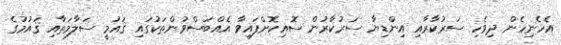
އެހެނިހެން ދިވެހި ސަރުކާރާއި އިންޑިޔާ ސަރުކާރުން ސޮއިކޮށްފައިވާ އެއްބަސްވުންތަކުގައި ޤައުމީ ސަލާމަތާއި ޤައުމުގެ